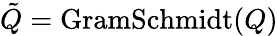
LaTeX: \tilde{Q}=\mathrm{GramSchmidt}(Q)